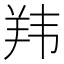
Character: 𬙭